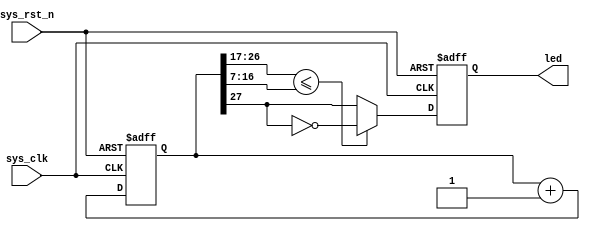
// Generator : SpinalHDL v1.6.0    git head : 73c8d8e2b86b45646e9d0b2e729291f2b65e6be3
// Component : breath_led1
// Git hash  : 93dc6b6c480148fa9ba8666e621faa8274c0342e

module breath_led1 (
  input               sys_clk,
  input               sys_rst_n,
  output              led
);
  reg        [27:0]   clkArea_counter;
  reg                 clkArea_pwmOutput;
  wire                when_BreathLED_l28;

  assign when_BreathLED_l28 = (clkArea_counter[26 : 17] <= clkArea_counter[16 : 7]);
  assign led = clkArea_pwmOutput;
  always @(posedge sys_clk or negedge sys_rst_n) begin
    if(!sys_rst_n) begin
      clkArea_counter <= 28'h0;
      clkArea_pwmOutput <= 1'b0;
    end else begin
      clkArea_counter <= (clkArea_counter + 28'h0000001);
      if(when_BreathLED_l28) begin
        clkArea_pwmOutput <= (! clkArea_counter[27]);
      end else begin
        clkArea_pwmOutput <= clkArea_counter[27];
      end
    end
  end


endmodule